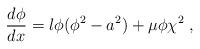
LaTeX: \begin{align*}\frac{d\phi}{dx} = \l\phi(\phi^2 - a^2) + \mu\phi\chi^2 ~,\end{align*}